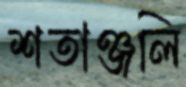
শতাঞ্জলি